Indian journal of veterinary science and animal husbandry - Volume 2,
Year: 1932
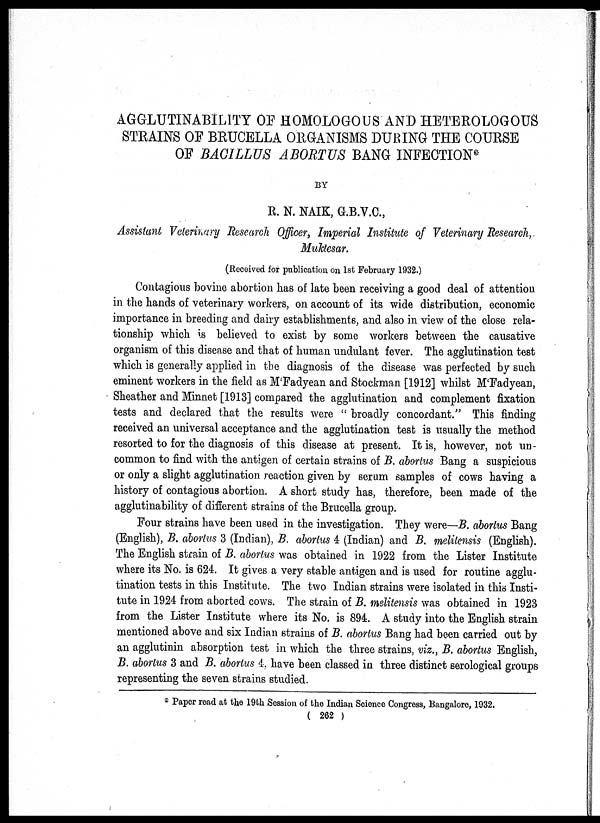
AGGLUTINABILITY OF HOMOLOGOUS AND HETEROLOGOUS
STRAINS OF BRUCELLA ORGANISMS DURING THE COURSE
OF BACILLUS ABORTUS BANG INFECTION*
BY
R. N. NAIK, G.B.V.C.,
Assistant Veterinary Research Officer, Imperial Institute of Veterinary Research,
Muktesar.
(Received for publication on 1st February 1932.)
Contagious bovine abortion has of late been receiving a good deal of attention
in the hands of veterinary workers, on account of its wide distribution, economic
importance in breeding and dairy establishments, and also in view of the close rela-
tionship which is believed to exist by some workers between the causative
organism of this disease and that of human undulant fever. The agglutination test
which is generally applied in the diagnosis of the disease was perfected by such
eminent workers in the field as M Fadyean and Stockman [1912] whilst M'Fadyean,
Sheather and Minnet [1913] compared the agglutination and complement fixation
tests and declared that the results were " broadly concordant." This finding
received an universal acceptance and the agglutination test is usually the method
resorted to for the diagnosis of this disease at present. It is, however, not un-
common to find with the antigen of certain strains of B. abortus Bang a suspicious
or only a slight agglutination reaction given by serum samples of cows having a
history of contagious abortion. A short study has, therefore, been made of the
agglutinability of different strains of the Brucella group.
Four strains have been used in the investigation. They were—B. abortus Bang
(English), B. abortus 3 (Indian), B. abortus 4 (Indian) and B. melitensis (English).
The English strain of B. abortus was obtained in 1922 from the Lister Institute
where its No. is 624. It gives a very stable antigen and is used for routine agglu-
tination tests in this Institute. The two Indian strains were isolated in this Insti-
tute in 1924 from aborted cows. The strain of B. melitensis was obtained in 1923
from the Lister Institute where its No. is 894. A study into the English strain
mentioned above and six Indian strains of B. abortus Bang had been carried out by
an agglutinin absorption test in which the three strains, viz., B. abortus English,
B. abortus 3 and B. abortus 4, have been classed in three distinct serological groups
representing the seven strains studied.
* Paper read at the 19th Session of the Indian Science Congress, Bangalore, 1932.
( 262 )